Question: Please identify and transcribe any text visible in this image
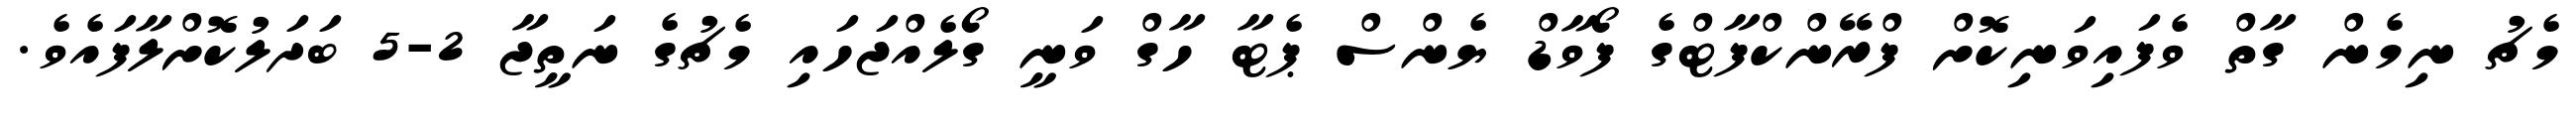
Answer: މެޗު ނިމެން ގާތް ވެފައިވަނިކޮށް ފްރޭންކްފާޓްގެ ފޯވާޑް ޔެންސް ޕެޓާ ހާގް ވަނީ ގޯލެއްޖަހައި މެޗުގެ ނަތީޖާ 2-5 ބަދަލުކޮށްލާފައެވެ.